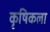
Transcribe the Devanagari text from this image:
कृषिकला